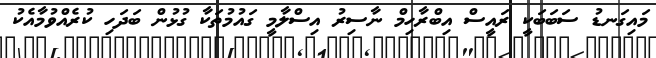
މައިގަނޑު ސަބަބަކީ ރައީސް އިބްރާހިމް ނާސިރު އިސްލާމީ ގައުމުތަކާ ގުޅުން ބަދަހި ކުރެއްވުމާއެކު